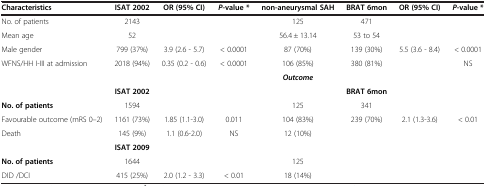
<table><thead><tr><td><b>Characteristics</b></td><td><b>ISAT 2002</b></td><td><b>OR (95% CI)</b></td><td><b><i>P</i>-value *</b></td><td><b>non-aneurysmal SAH</b></td><td><b>BRAT 6mon</b></td><td><b>OR (95% CI)</b></td><td><b><i>P</i>-value *</b></td></tr></thead><tbody><tr><td>No. of patients</td><td>2143</td><td> </td><td> </td><td>125</td><td>471</td><td> </td><td> </td></tr><tr><td>Mean age</td><td>52</td><td> </td><td> </td><td>56.4 ± 13.14</td><td>53 to 54</td><td> </td><td> </td></tr><tr><td>Male gender</td><td>799 (37%)</td><td>3.9 (2.6 - 5.7)</td><td>&lt; 0.0001</td><td>87 (70%)</td><td>139 (30%)</td><td>5.5 (3.6 - 8.4)</td><td>&lt; 0.0001</td></tr><tr><td>WFNS/HH I-III at admission</td><td>2018 (94%)</td><td>0.35 (0.2 - 0.6)</td><td>&lt; 0.0001</td><td>106 (85%)</td><td>380 (81%)</td><td> </td><td>NS</td></tr><tr><td> </td><td colspan="2"> </td><td> </td><td><b><i>Outcome</i></b></td><td> </td><td> </td><td> </td></tr><tr><td> </td><td><b>ISAT 2002</b></td><td> </td><td> </td><td> </td><td><b>BRAT 6mon</b></td><td> </td><td> </td></tr><tr><td><b>No. of patients</b></td><td>1594</td><td> </td><td> </td><td>125</td><td>341</td><td> </td><td> </td></tr><tr><td>Favourable outcome (mRS 0–2)</td><td>1161 (73%)</td><td>1.85 (1.1-3.0)</td><td>0.011</td><td>104 (83%)</td><td>239 (70%)</td><td>2.1 (1.3-3.6)</td><td>&lt; 0.01</td></tr><tr><td>Death</td><td>145 (9%)</td><td>1.1 (0.6-2.0)</td><td>NS</td><td>12 (10%)</td><td> </td><td> </td><td> </td></tr><tr><td> </td><td><b>ISAT 2009</b></td><td> </td><td> </td><td> </td><td> </td><td> </td><td> </td></tr><tr><td><b>No. of patients</b></td><td>1644</td><td> </td><td> </td><td>125</td><td> </td><td> </td><td> </td></tr><tr><td>DID /DCI</td><td>415 (25%)</td><td>2.0 (1.2 - 3.3)</td><td>&lt; 0.01</td><td>18 (14%)</td><td> </td><td> </td><td> </td></tr></tbody></table>